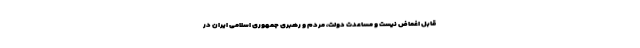
قابل اغماض نیست و مساعدت دولت، مردم و رهبری جمهوری اسلامی ایران در